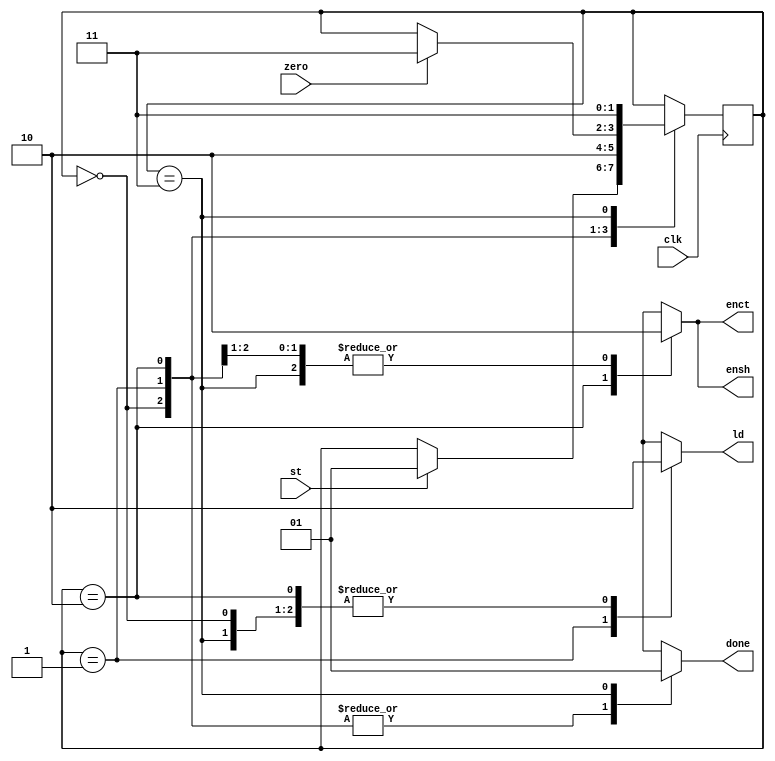
`timescale 1ns / 1ps
//////////////////////////////////////////////////////////////////////////////////
// Company: 
// Engineer: 
// 
// Design Name: 
// Module Name: SACP
// Project Name: 
// Target Devices: 
// Tool Versions: 
// Description: 
// 
// Dependencies: 
// 
// Revision:
// Revision 0.01 - File Created
// Additional Comments:
// 
//////////////////////////////////////////////////////////////////////////////////


module SACP(output reg ld,ensh,enct,done, input st,clk, zero);
reg [1:0] state;
parameter s0 = 2'b00, s1= 2'b01, s2 = 2'b10, s3 =2'b11;
always @(posedge clk)
begin
    case (state)
    s0 : if(st) state<=s1;
    s1 : state<=s2; 
    s2 : if(zero) state<=s3;
    s3 : state<=s3;
    default :  state<=s0;
    endcase
end
always @(state)
begin
    case (state)
    s0 : begin ld=0; ensh=0; enct=0; done=0; end 
    s1 : begin ld=1; ensh=0; enct=0; done=0; end
    s2 : begin ld=0;ensh=1;enct=1;done=0; end 
    s3 : begin ld=0; ensh=0; enct=0; done=1; end
    default : begin ld=0; ensh=0; enct=0; done=0; end
    endcase
end
endmodule